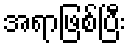
အရာဖြစ်ပြီး